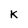
Character: K